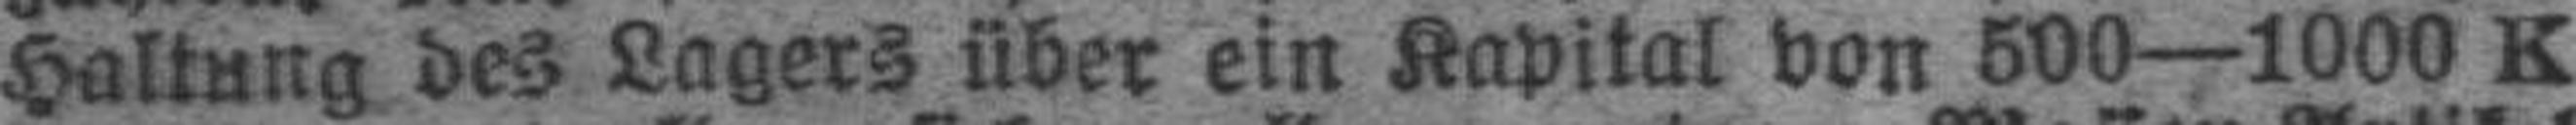
Haltung des Lagers über ein Kapital von 500—1000 K